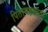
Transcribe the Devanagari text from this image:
पितामहभ्राता